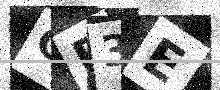
Text: CD3E